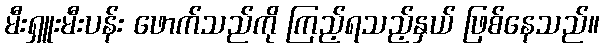
မီးရှူးမီးပန်း ဖောက်သည်ကို ကြည့်ရသည့်နှယ် ဖြစ်နေသည်။